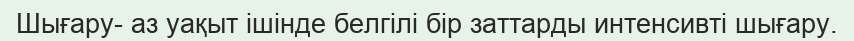
Шығару- аз уақыт ішінде белгілі бір заттарды интенсивті шығару.